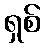
ရှစ်